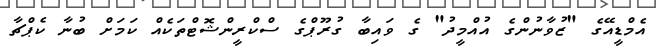
އެމްޑީއޭގެ "ޒުވާނުންގެ އުއްމީދު" ގެ ވައިބާ ގުރޫޕްގެ ސްކްރީންޝޮޓްތަކެއް ކަމަށް ބުނާ ކެޕްޗާ